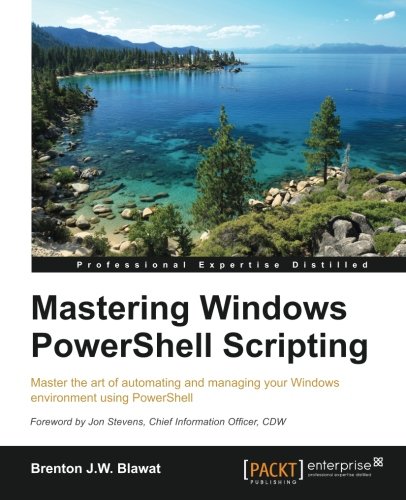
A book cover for Mastering PowerShell; Brenton J.W. Blawat; Computers & Technology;